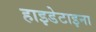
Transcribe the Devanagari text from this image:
हाइडेटाइना